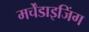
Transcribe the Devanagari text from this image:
मर्चेंडाइजिंग